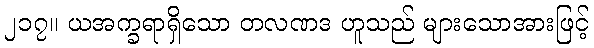
၂၁၇။ ယအက္ခရာရှိသော တလဏဒ ဟူသည် များသောအားဖြင့်